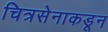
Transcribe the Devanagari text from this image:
चित्रसेनाकडून